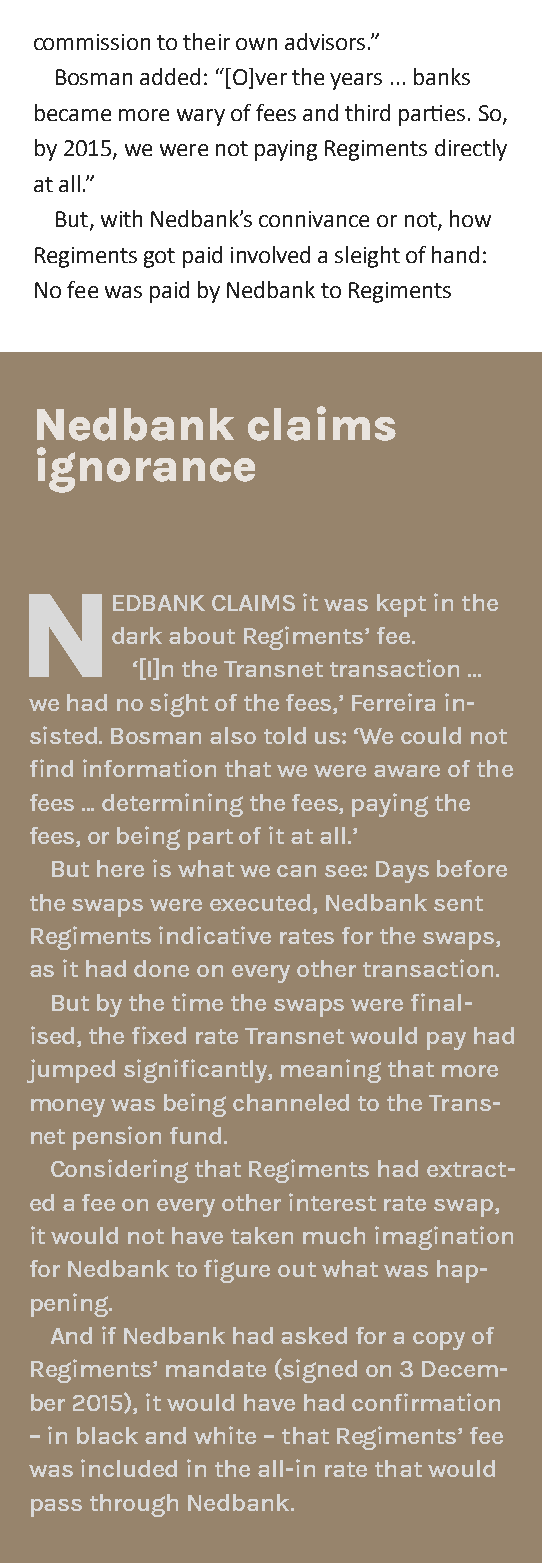
commission to their own advisors.”
 Bosman added: “[o]ver the years ... banks
 became more wary of fees and third parties. So,
 by 2015, we were not paying Regiments directly
 at all.”
 But, with Nedbank’s connivance or not, how
 Regiments got paid involved a sleight of hand:
 No fee was paid by Nedbank to Regiments
 nedbank       claims
 ignorance
 n
 eDBANk ClAims it was kept in the
 dark about regiments’ fee.
 ‘[i]n the Transnet transaction ...
 we had no sight of the fees,’ Ferreira in-
 sisted. Bosman also told us: ‘We could not
 find information that we were aware of the
 fees ... determining the fees, paying the
 fees, or being part of it at all.’
 But here is what we can see: Days before
 the swaps were executed, Nedbank sent
 regiments indicative rates for the swaps,
 as it had done on every other transaction.
 But by the time the swaps were final-
 ised, the fixed rate Transnet would pay had
 jumped significantly, meaning that more
 money was being channeled to the Trans-
 net pension fund.
 Considering that regiments had extract-
 ed a fee on every other interest rate swap,
 it would not have taken much imagination
 for Nedbank to figure out what was hap-
 pening.
 And if Nedbank had asked for a copy of
 regiments’ mandate (signed on 3 Decem-
 ber 2015), it would have had confirmation
 – in black and white – that regiments’ fee
 was included in the all-in rate that would
 pass through Nedbank.